65_HS1-834228961_62-HQ-83894_Section_9
Agency: FBI
Page 279
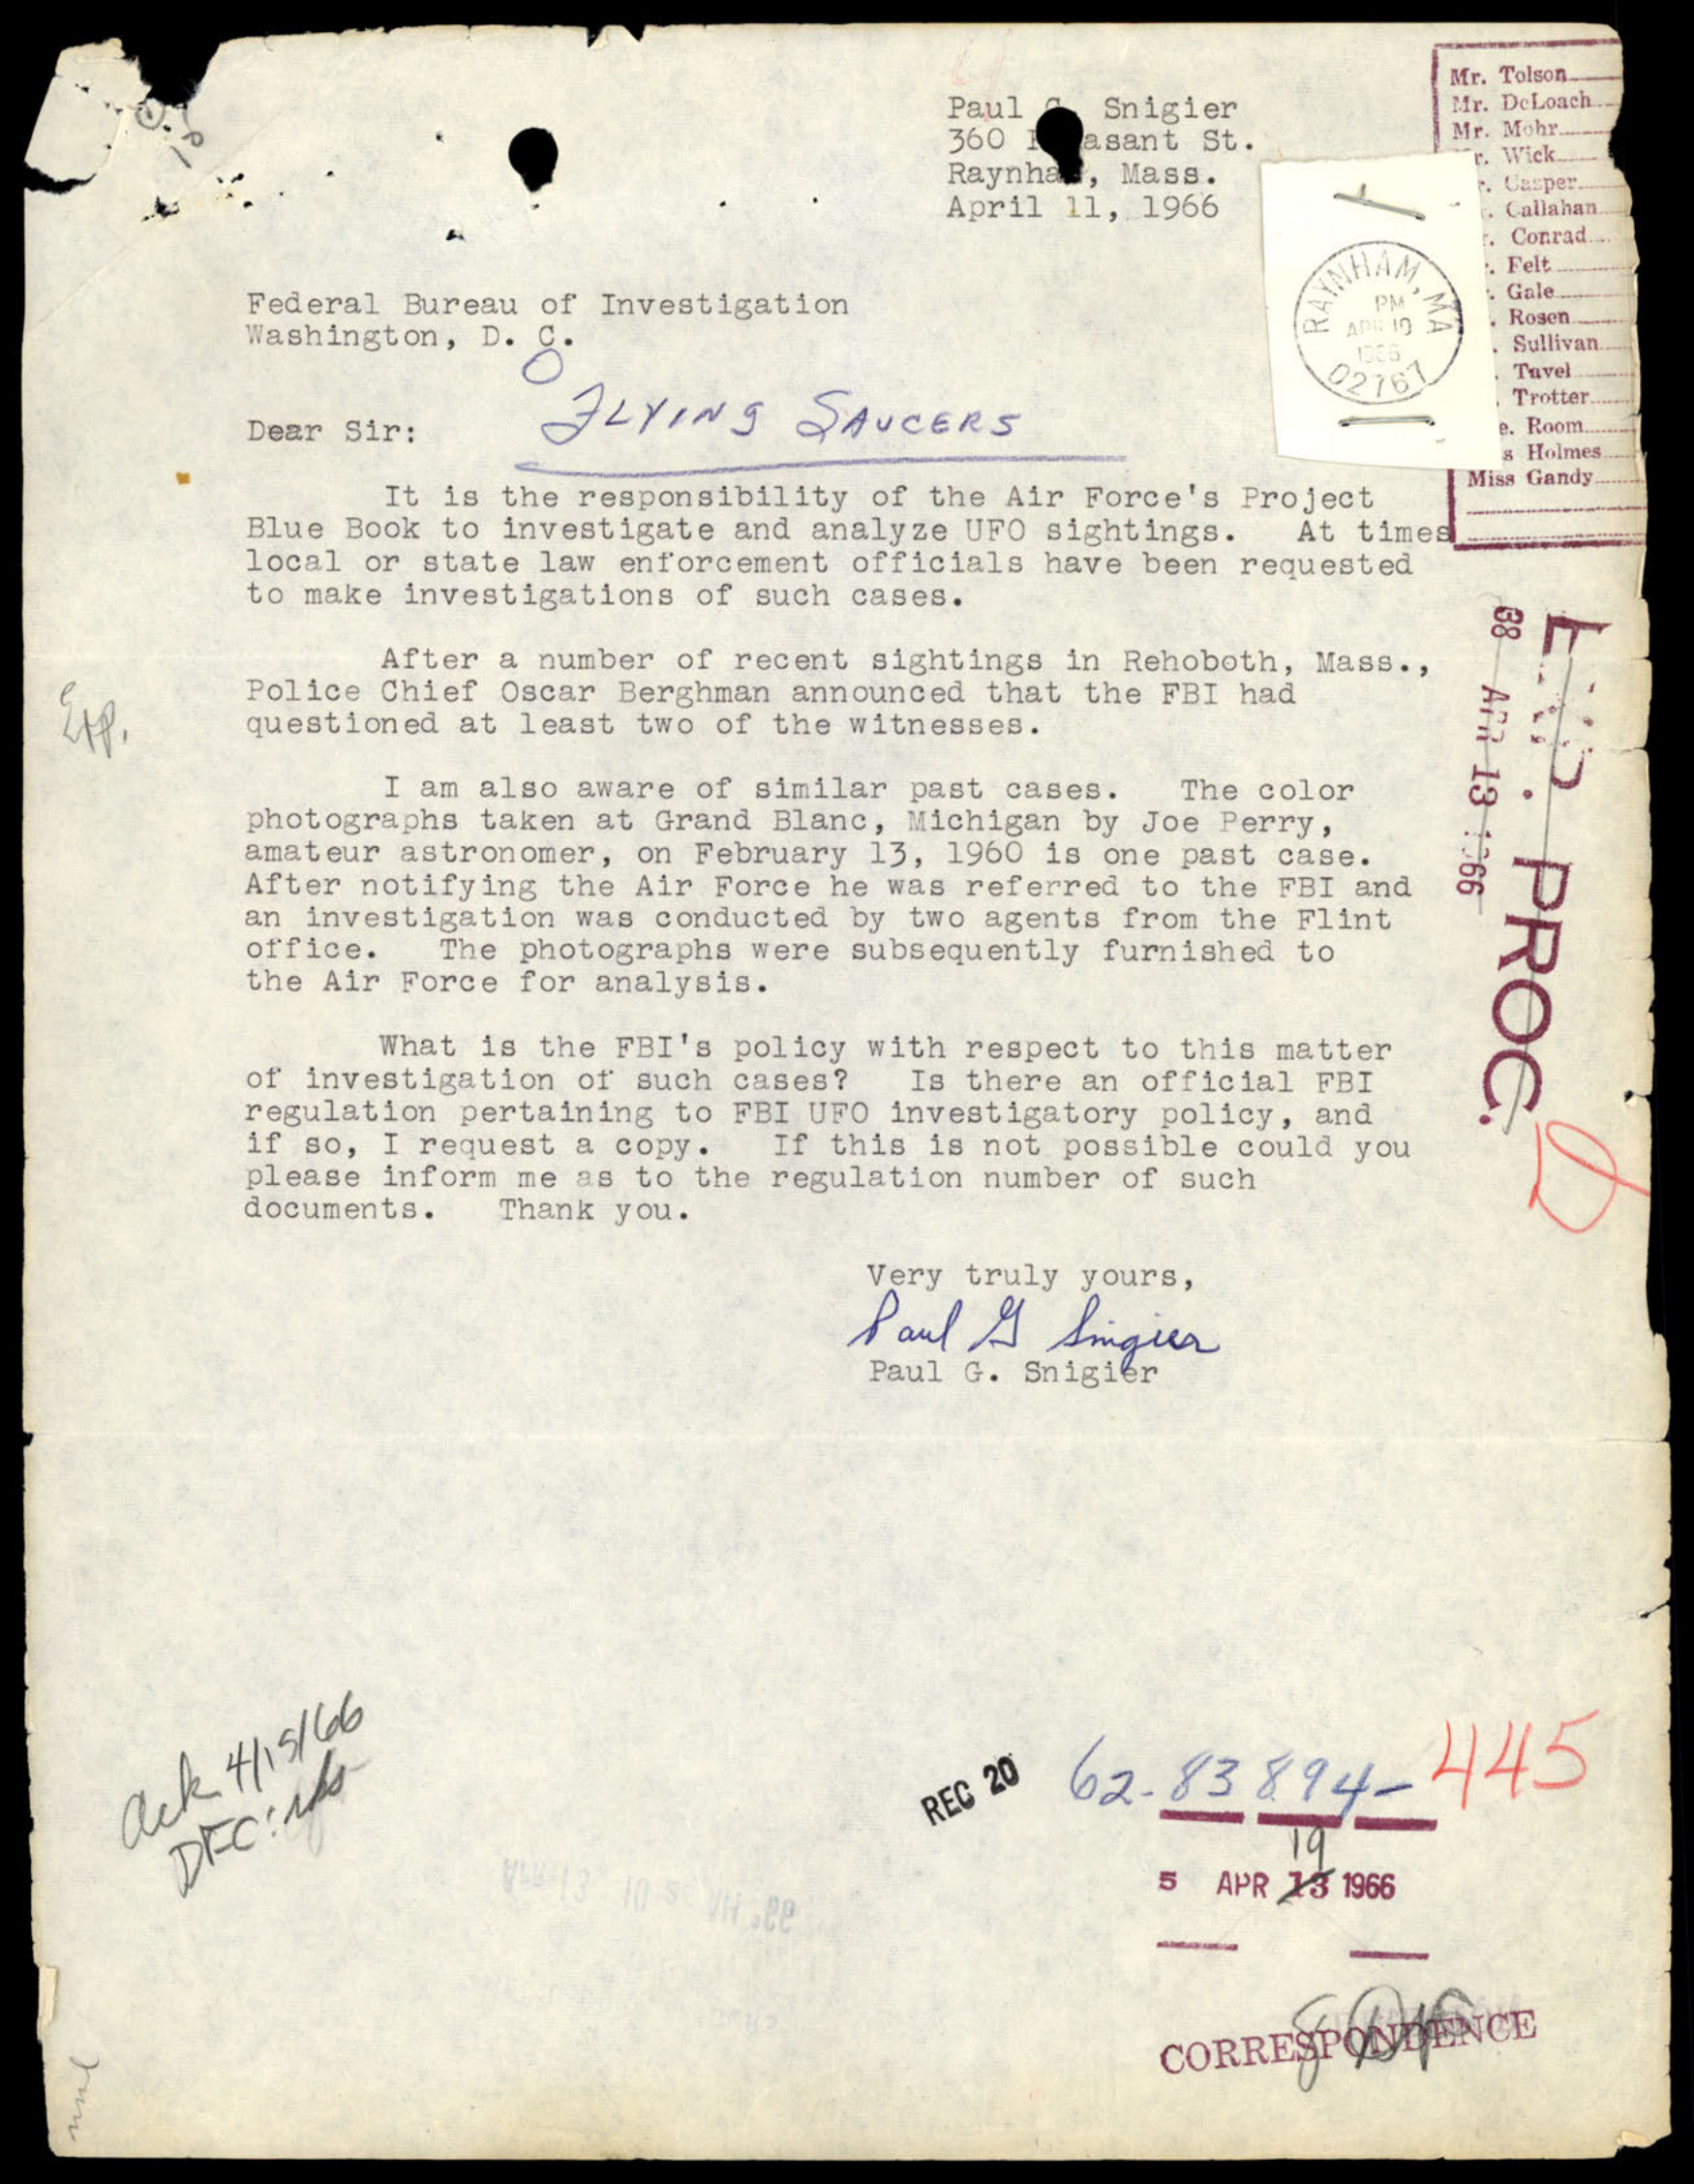